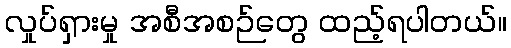
လှုပ်ရှားမှု အစီအစဉ်တွေ ထည့်ရပါတယ်။